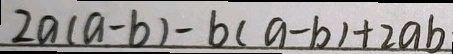
2 a ( a - b ) - b ( a - b ) + 2 a b